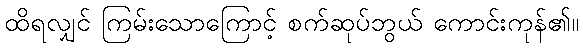
ထိရလျှင် ကြမ်းသောကြောင့် စက်ဆုပ်ဘွယ် ကောင်းကုန်၏။